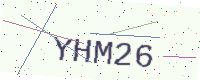
Text: YHM26